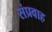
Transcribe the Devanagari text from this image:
संप्रवाह